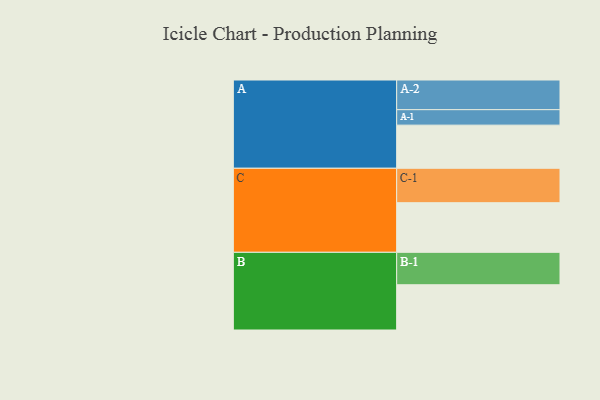
{"axis": {"x": "Segment", "y": "Value"}, "legend": ["", "A", "B", "C"], "data": [{"x": "A", "y": 346, "type": ""}, {"x": "B", "y": 363, "type": ""}, {"x": "C", "y": 398, "type": ""}, {"x": "A-1", "y": 124, "type": "A"}, {"x": "A-2", "y": 238, "type": "A"}, {"x": "B-1", "y": 260, "type": "B"}, {"x": "C-1", "y": 276, "type": "C"}]}